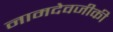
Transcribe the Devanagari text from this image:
नामदेवजीकी